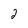
Character: 2